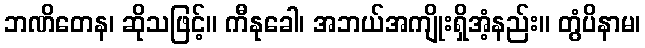
ဘဏိတေန၊ ဆိုသဖြင့်။ ကီနုခေါ၊ အဘယ်အကျိုးရှိအံ့နည်း။ တွံပိနာမ၊